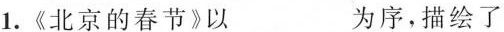
1.《北京的春节》以___为序，描绘了